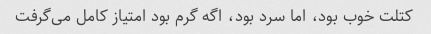
کتلت خوب بود، اما سرد بود، اگه گرم بود امتیاز کامل می‌گرفت